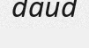
daud